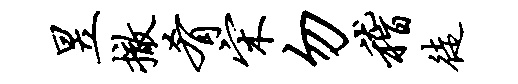
昱撤肴宋勿稽徒